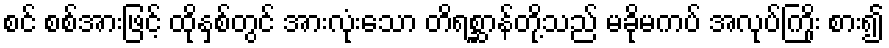
စင် စစ်အားဖြင့် ထိုနှစ်တွင် အားလုံးသော တိရစ္ဆာန်တို့သည် မခိုမကပ် အလုပ်ကြိုး စား၍